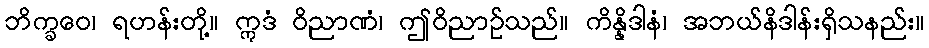
ဘိက္ခဝေ၊ ရဟန်းတို့။ ဣဒံ ဝိညာဏံ၊ ဤဝိညာဉ်သည်။ ကိန္နိဒါနံ၊ အဘယ်နိဒါန်းရှိသနည်း။